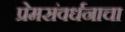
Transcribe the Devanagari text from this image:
प्रेमसंवर्धनाचा